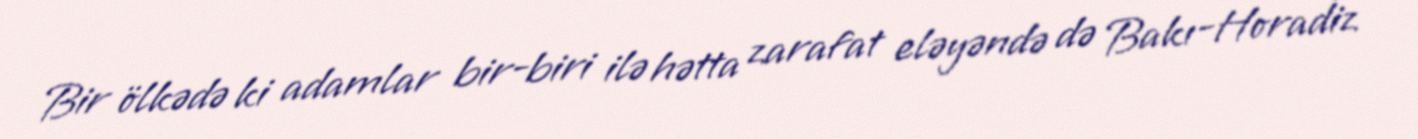
Bir ölkədə ki adamlar bir-biri ilə hətta zarafat eləyəndə də Bakı-Horadiz